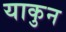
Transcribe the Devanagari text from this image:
याकुन